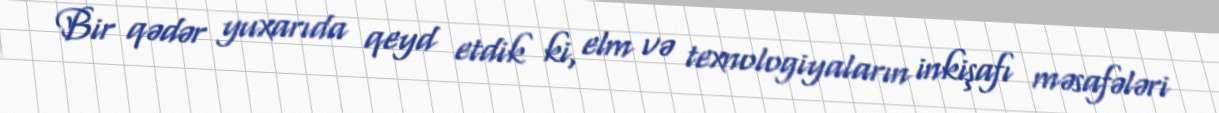
Bir qədər yuxarıda qeyd etdik ki, elm və texnologiyaların inkişafı məsafələri